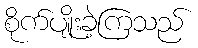
စိုက်ပျိုးခဲ့ကြသည်